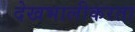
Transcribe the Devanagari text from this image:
देखभालीकरता